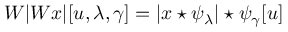
W | W x | [ u , \lambda , \gamma ] = | x \star \psi _ { \lambda } | \star \psi _ { \gamma } [ u ]